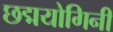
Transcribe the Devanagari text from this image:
छद्मयोगिनी